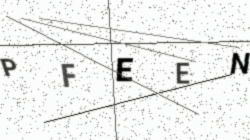
Text: PFEEN